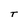
Character: T